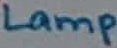
Text: Lamp